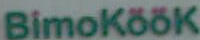
Bimoköök